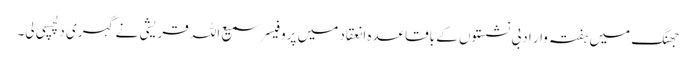
جھنگ میں ہفتہ وار ادبی نشستوں کے باقاعدہ انعقاد میں پروفیسر سمیع اللہ قریشی نے گہری دلچسپی لی۔